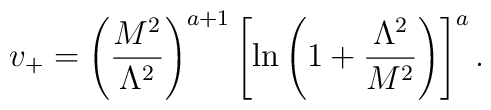
v_+= \left( \frac{M^2}{\Lambda^2} \right)^{a+1} \left[ \ln \left(1+    \frac{\Lambda^2}{M^2} \right) \right]^a.